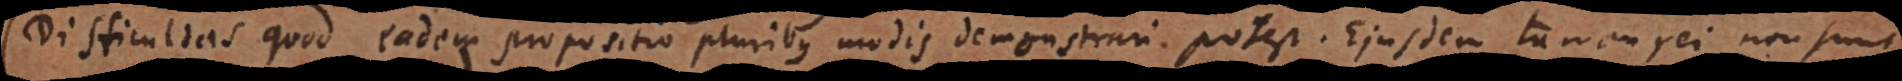
(Difficultas quod eadem propositio pluribus modis demonstrari potest. Ejusdem tamen rei non sunt